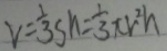
v = \frac { 1 } { 3 } s h = \frac { 1 } { 3 } \pi r ^ { 2 } h